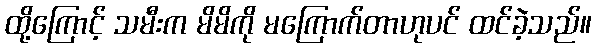
ထို့ကြောင့် သမီးက မိမိကို မကြောက်တာဟုပင် ထင်ခဲ့သည်။